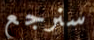
سنرجع